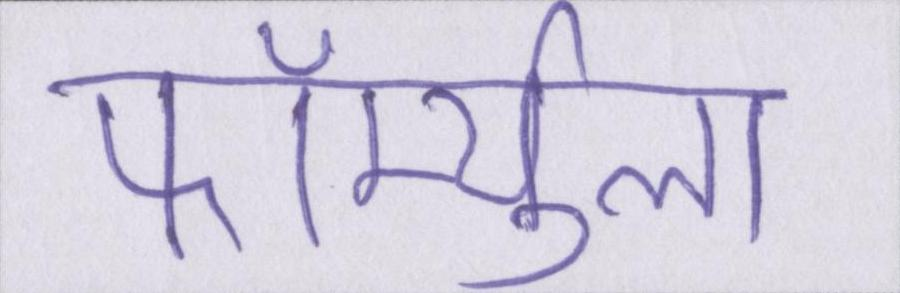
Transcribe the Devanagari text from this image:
फॉर्म्युला